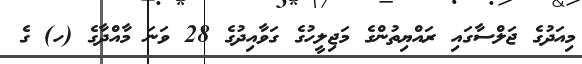
މިއަދުގެ ޖަލްސާގައި ރައްޔިތުންގެ މަޖިލީހުގެ ގަވާއިދުގެ 28 ވަނަ މާއްދާގެ (ހ) ގެ